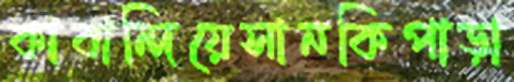
কাবান্দিয়েসানকিপাড়া